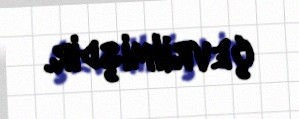
çevrilmişdir.